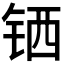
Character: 𬭄